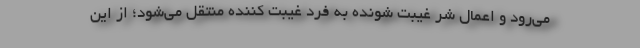
می‌رود و اعمال شر غیبت شونده به فرد غیبت کننده منتقل می‌شود؛ از این